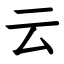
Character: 云